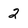
Character: 2